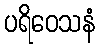
ပရိဝေသနံ